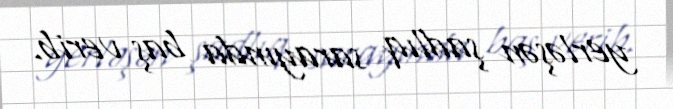
yerləşən şadlıq sarayında baş verib.